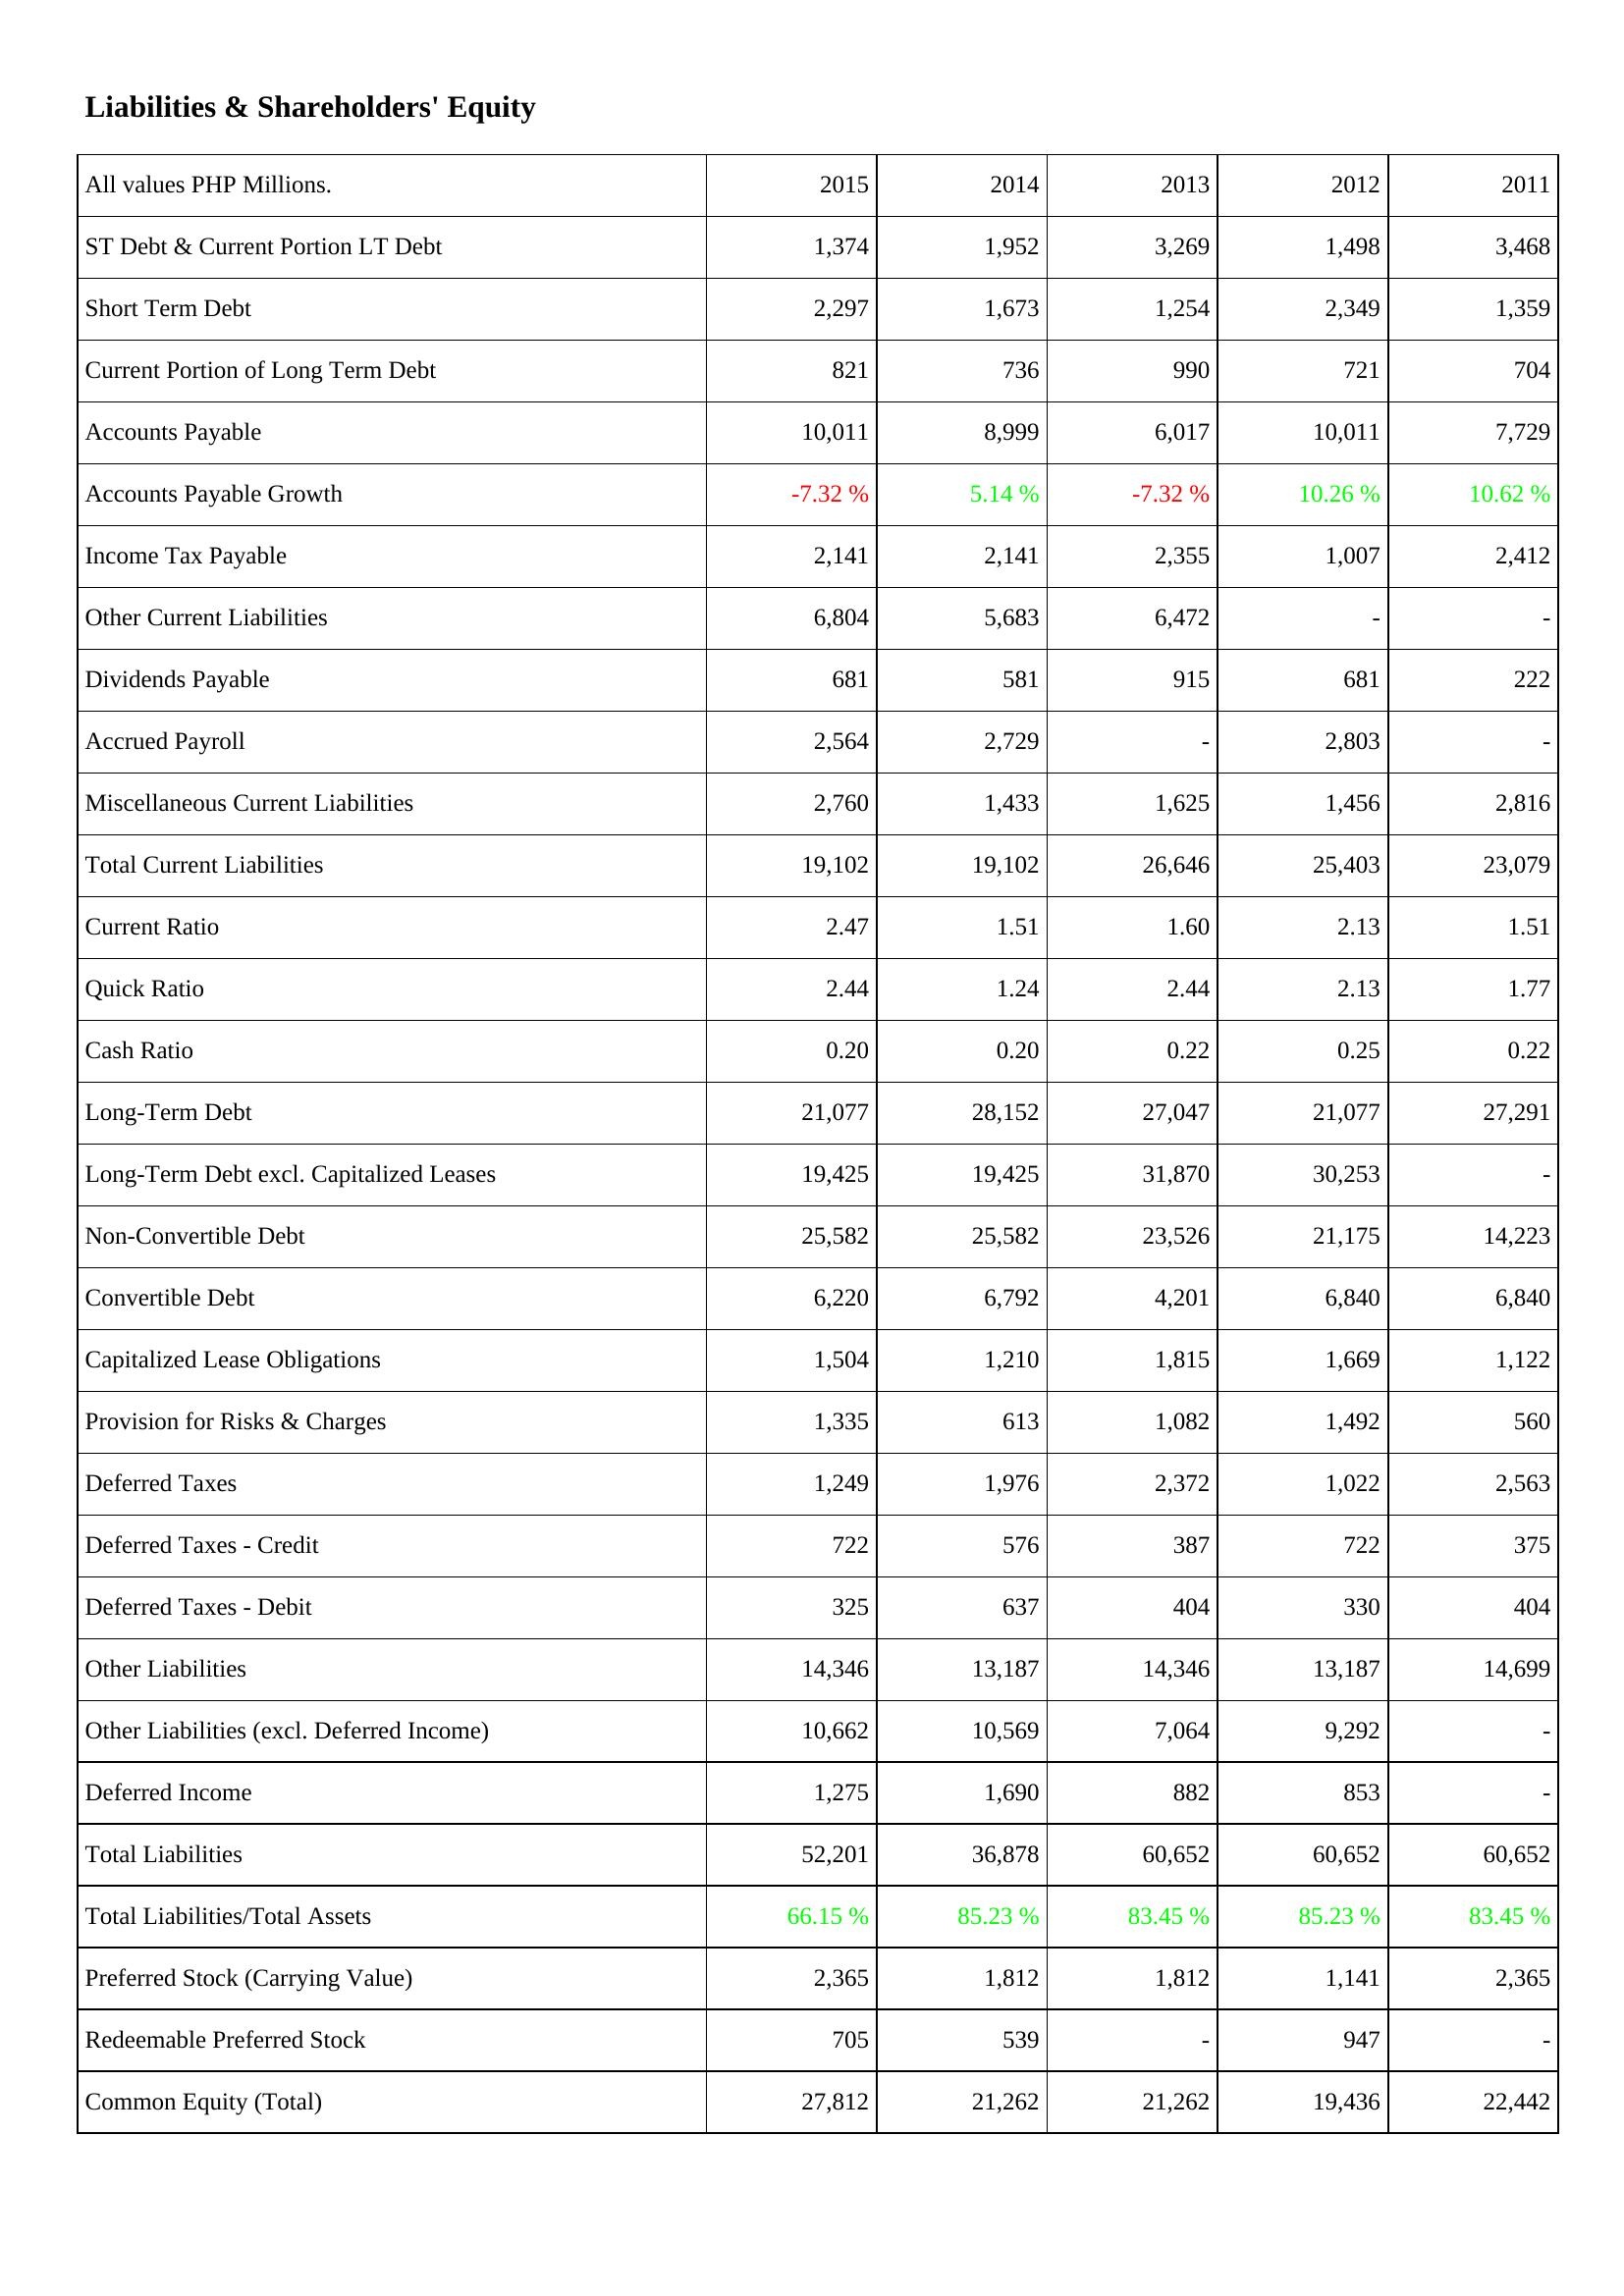
2015: Liabilities & Shareholders' Equity: ST Debt & Current Portion LT Debt: 1,374
Short Term Debt: 2,297
Current Portion of Long Term Debt: 821
Accounts Payable: 10,011
Accounts Payable Growth: -7.32 %
Income Tax Payable: 2,141
Other Current Liabilities: 6,804
Dividends Payable: 681
Accrued Payroll: 2,564
Miscellaneous Current Liabilities: 2,760
Total Current Liabilities: 19,102
Current Ratio: 2.47
Quick Ratio: 2.44
Cash Ratio: 0.20
Long-Term Debt: 21,077
Long-Term Debt excl. Capitalized Leases: 19,425
Non-Convertible Debt: 25,582
Convertible Debt: 6,220
Capitalized Lease Obligations: 1,504
Provision for Risks & Charges: 1,335
Deferred Taxes: 1,249
Deferred Taxes - Credit: 722
Deferred Taxes - Debit: 325
Other Liabilities: 14,346
Other Liabilities (excl. Deferred Income): 10,662
Deferred Income: 1,275
Total Liabilities: 52,201
Total Liabilities/Total Assets: 66.15 %
Preferred Stock (Carrying Value): 2,365
Redeemable Preferred Stock: 705
Common Equity (Total): 27,812
2014: Liabilities & Shareholders' Equity: ST Debt & Current Portion LT Debt: 1,952
Short Term Debt: 1,673
Current Portion of Long Term Debt: 736
Accounts Payable: 8,999
Accounts Payable Growth: 5.14 %
Income Tax Payable: 2,141
Other Current Liabilities: 5,683
Dividends Payable: 581
Accrued Payroll: 2,729
Miscellaneous Current Liabilities: 1,433
Total Current Liabilities: 19,102
Current Ratio: 1.51
Quick Ratio: 1.24
Cash Ratio: 0.20
Long-Term Debt: 28,152
Long-Term Debt excl. Capitalized Leases: 19,425
Non-Convertible Debt: 25,582
Convertible Debt: 6,792
Capitalized Lease Obligations: 1,210
Provision for Risks & Charges: 613
Deferred Taxes: 1,976
Deferred Taxes - Credit: 576
Deferred Taxes - Debit: 637
Other Liabilities: 13,187
Other Liabilities (excl. Deferred Income): 10,569
Deferred Income: 1,690
Total Liabilities: 36,878
Total Liabilities/Total Assets: 85.23 %
Preferred Stock (Carrying Value): 1,812
Redeemable Preferred Stock: 539
Common Equity (Total): 21,262
2013: Liabilities & Shareholders' Equity: ST Debt & Current Portion LT Debt: 3,269
Short Term Debt: 1,254
Current Portion of Long Term Debt: 990
Accounts Payable: 6,017
Accounts Payable Growth: -7.32 %
Income Tax Payable: 2,355
Other Current Liabilities: 6,472
Dividends Payable: 915
Accrued Payroll: -
Miscellaneous Current Liabilities: 1,625
Total Current Liabilities: 26,646
Current Ratio: 1.60
Quick Ratio: 2.44
Cash Ratio: 0.22
Long-Term Debt: 27,047
Long-Term Debt excl. Capitalized Leases: 31,870
Non-Convertible Debt: 23,526
Convertible Debt: 4,201
Capitalized Lease Obligations: 1,815
Provision for Risks & Charges: 1,082
Deferred Taxes: 2,372
Deferred Taxes - Credit: 387
Deferred Taxes - Debit: 404
Other Liabilities: 14,346
Other Liabilities (excl. Deferred Income): 7,064
Deferred Income: 882
Total Liabilities: 60,652
Total Liabilities/Total Assets: 83.45 %
Preferred Stock (Carrying Value): 1,812
Redeemable Preferred Stock: -
Common Equity (Total): 21,262
2012: Liabilities & Shareholders' Equity: ST Debt & Current Portion LT Debt: 1,498
Short Term Debt: 2,349
Current Portion of Long Term Debt: 721
Accounts Payable: 10,011
Accounts Payable Growth: 10.26 %
Income Tax Payable: 1,007
Other Current Liabilities: -
Dividends Payable: 681
Accrued Payroll: 2,803
Miscellaneous Current Liabilities: 1,456
Total Current Liabilities: 25,403
Current Ratio: 2.13
Quick Ratio: 2.13
Cash Ratio: 0.25
Long-Term Debt: 21,077
Long-Term Debt excl. Capitalized Leases: 30,253
Non-Convertible Debt: 21,175
Convertible Debt: 6,840
Capitalized Lease Obligations: 1,669
Provision for Risks & Charges: 1,492
Deferred Taxes: 1,022
Deferred Taxes - Credit: 722
Deferred Taxes - Debit: 330
Other Liabilities: 13,187
Other Liabilities (excl. Deferred Income): 9,292
Deferred Income: 853
Total Liabilities: 60,652
Total Liabilities/Total Assets: 85.23 %
Preferred Stock (Carrying Value): 1,141
Redeemable Preferred Stock: 947
Common Equity (Total): 19,436
2011: Liabilities & Shareholders' Equity: ST Debt & Current Portion LT Debt: 3,468
Short Term Debt: 1,359
Current Portion of Long Term Debt: 704
Accounts Payable: 7,729
Accounts Payable Growth: 10.62 %
Income Tax Payable: 2,412
Other Current Liabilities: -
Dividends Payable: 222
Accrued Payroll: -
Miscellaneous Current Liabilities: 2,816
Total Current Liabilities: 23,079
Current Ratio: 1.51
Quick Ratio: 1.77
Cash Ratio: 0.22
Long-Term Debt: 27,291
Long-Term Debt excl. Capitalized Leases: -
Non-Convertible Debt: 14,223
Convertible Debt: 6,840
Capitalized Lease Obligations: 1,122
Provision for Risks & Charges: 560
Deferred Taxes: 2,563
Deferred Taxes - Credit: 375
Deferred Taxes - Debit: 404
Other Liabilities: 14,699
Other Liabilities (excl. Deferred Income): -
Deferred Income: -
Total Liabilities: 60,652
Total Liabilities/Total Assets: 83.45 %
Preferred Stock (Carrying Value): 2,365
Redeemable Preferred Stock: -
Common Equity (Total): 22,442